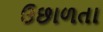
ઉછાળતા